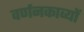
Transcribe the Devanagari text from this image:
वर्णनकाव्यों